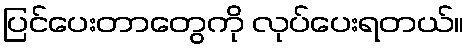
ပြင်ပေးတာတွေကို လုပ်ပေးရတယ်။